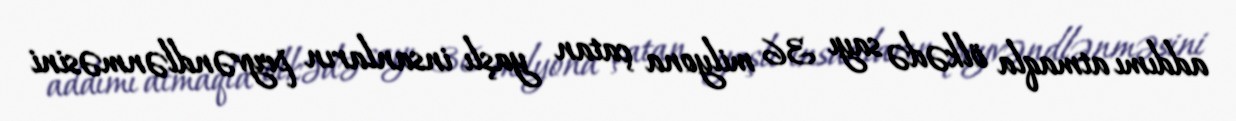
addımı atmaqla ölkədə sayı 36 milyona çatan yaşlı insanların peyvəndlənməsini